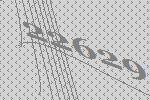
22629